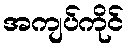
အကျပ်ကိုင်